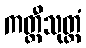
ကတ္ထီသုတ္တံ